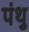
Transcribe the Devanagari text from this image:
पंथु